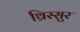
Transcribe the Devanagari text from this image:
थ्रिस्सुर